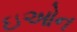
ઇઓન